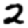
Digit: 2